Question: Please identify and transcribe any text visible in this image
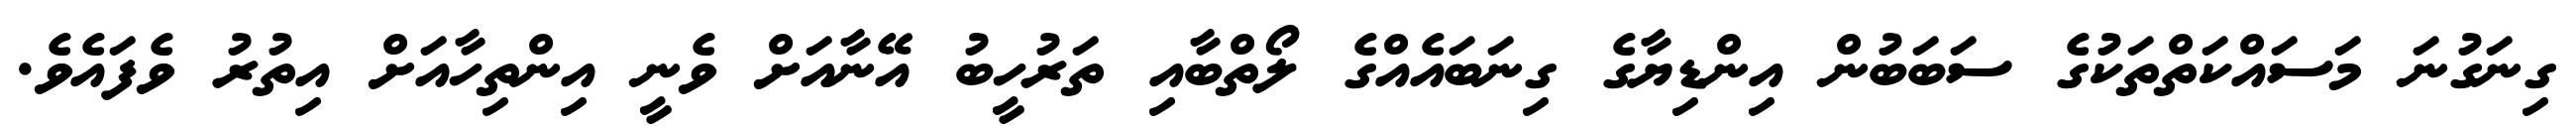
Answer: ގިނަގުނަ މަސައްކަތްތަކުގެ ސަބަބުން އިންޑިޔާގެ ގިނަބައެއްގެ ލޯތްބާއި ތަރުހީބު އޭނާއަށް ވެނީ އިންތިހާއަށް އިތުރު ވެފައެވެ.